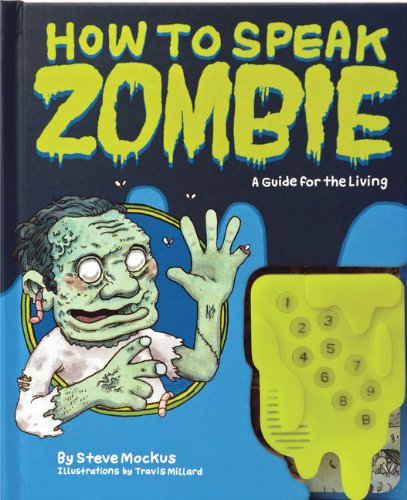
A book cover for How to Speak Zombie: A Guide for the Living; Steve Mockus; Comics & Graphic Novels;